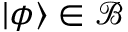
\vert \phi \rangle \in { \mathcal { B } }